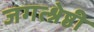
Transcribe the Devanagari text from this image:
जगत्श्रेष्ठी